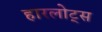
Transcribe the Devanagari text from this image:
हारलोट्स